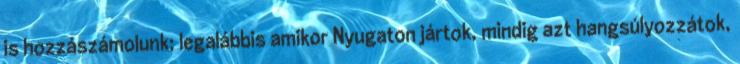
is hozzászámolunk; legalábbis amikor Nyugaton jártok, mindig azt hangsúlyozzátok,